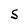
Character: S